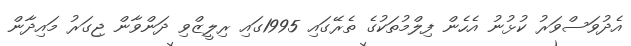
އެދުވަސްވަރު ކުޅުނު އެހެން ފިލްމުތަކުގެ ތެރޭގައި 1995ގައި ރިލީޒްވި ދަންވާން ޖިގަރު މައިދާން